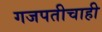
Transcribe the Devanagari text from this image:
गजपतीचाही